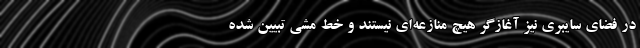
در فضای سایبری نیز آغازگر هیچ منازعه‌ای نیستند و خط مشی تبیین شده